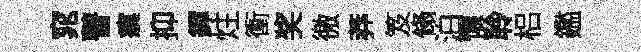
窕瞽瘼抑鐸炷衝奖徼莽笈翛泊懷聆梠鑑